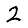
Digit: 2